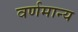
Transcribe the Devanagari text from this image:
वर्णमान्य